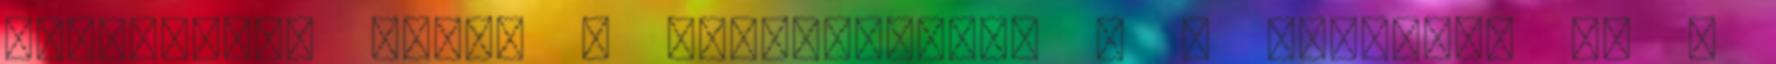
zajládából ömlik a kulturmocsok - a szlogenk és a